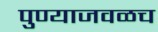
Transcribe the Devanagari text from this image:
पुण्याजवळच